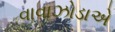
વાવાઝોડાએ